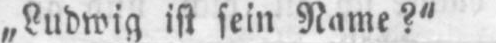
„Ludwig ist sein Name?“